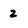
Character: 2